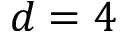
d = 4